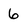
Character: 6